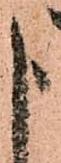
申